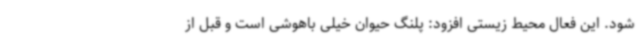
شود. این فعال محیط زیستی افزود: پلنگ حیوان خیلی باهوشی است و قبل از